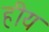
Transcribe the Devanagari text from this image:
हीय